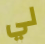
لي